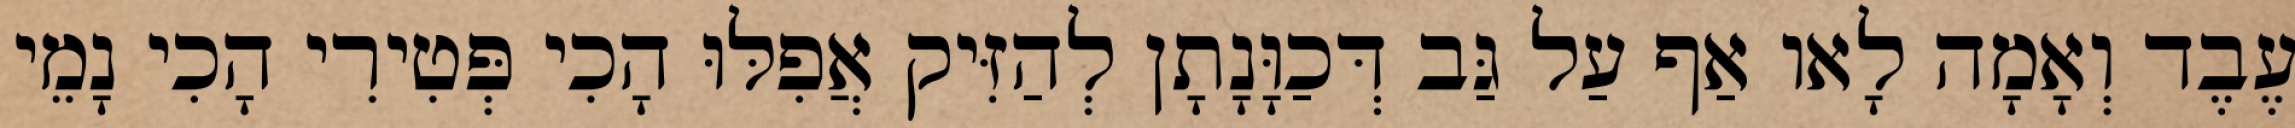
עֶבֶד וְאָמָה לָאו אַף עַל גַּב דְּכַוָּנָתָן לְהַזִּיק אֲפִלּוּ הָכִי פְּטִירִי הָכִי נָמֵי